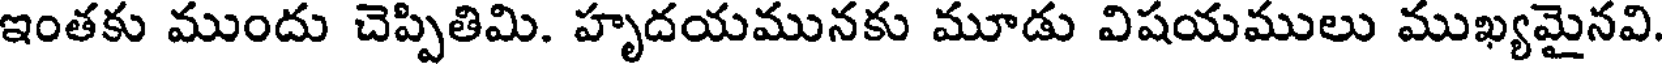
ఇంతకు ముందు చెప్పితిమి. హృదయమునకు మూడు విషయములు ముఖ్యమైనవి.